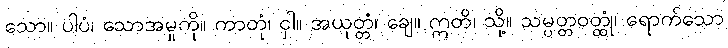
သော။ ပါပံ၊ သောအမှုကို။ ကာတုံ၊ ငှါ။ အယုတ္တံ၊ ချေ။ ဣတိ၊ သို့။ သမ္ပတ္တဝတ္ထုံ၊ ရောက်သော